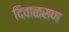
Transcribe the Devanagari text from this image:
दिवाळसण